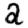
Digit: 2